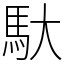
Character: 馱